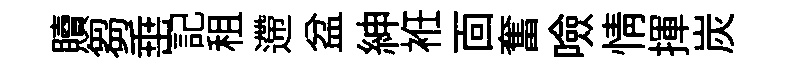
贖芻𡸁記租遰盆紳袵靣奮噞情揮炭